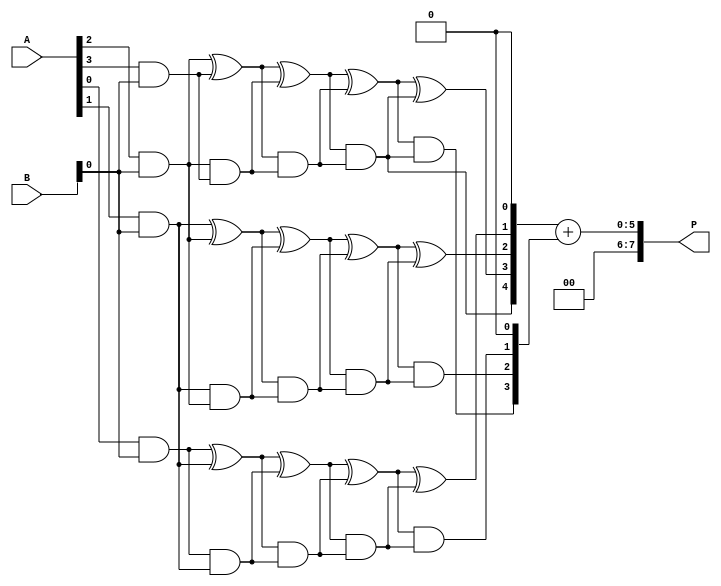
module wallace_tree_multiplier #(
    parameter N = 4  // Number of bits for input A and B
)(
    input [N-1:0] A,
    input [N-1:0] B,
    output reg [2*N-1:0] P
);

    // Intermediate signals for partial products
    wire [N-1:0] pp [0:N-1]; // Partial product array

    // Generate Partial Products
    genvar i, j;
    generate
        for (i = 0; i < N; i = i + 1) begin : pp_gen
            for (j = 0; j < N; j = j + 1) begin: pp_and
                assign pp[i][j] = A[i] & B[j];
            end
        end
    endgenerate

    // Carry-Save Adder (CSA) structure
    wire [N-1:0] sum [0:N-1];
    wire [N-1:0] carry [0:N-1];

    // Level 1 CSA
    generate
        for (i = 0; i < N-1; i = i + 1) begin : level1
            assign sum[0][i] = pp[i][0] ^ pp[i+1][0];
            assign carry[0][i] = pp[i][0] & pp[i+1][0];
        end
        assign sum[0][N-1] = pp[N-1][0];
        assign carry[0][N-1] = 1'b0; // No carry for the last bit
    endgenerate

    // Levels of CSA
    genvar level;
    generate
        for (level = 1; level < N; level = level + 1) begin : csa_levels
            for (i = 0; i < N-1; i = i + 1) begin : csa
                assign sum[level][i] = sum[level-1][i] ^ carry[level-1][i];
                assign carry[level][i] = sum[level-1][i] & carry[level-1][i];
            end
            assign sum[level][N-1] = carry[level-1][N-2];
            assign carry[level][N-1] = 1'b0; // No carry for the last bit
        end
    endgenerate

    // Final Addition using Ripple-Carry Adder
    reg [2*N-1:0] final_sum;
    always @(*) begin
        final_sum = {1'b0, sum[N-1], 1'b0} + {carry[N-1], 1'b0}; // Add the last carry
        P = final_sum;
    end

endmodule